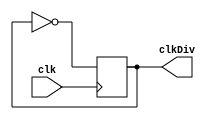
`timescale 1ns / 1ps

module clockDiv(
    output reg clkDiv,
    input clk
    );
    
initial
    clkDiv=0;
    
always @(posedge clk)
    clkDiv=~clkDiv;
    
endmodule